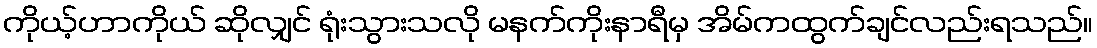
ကိုယ့်ဟာကိုယ် ဆိုလျှင် ရုံးသွားသလို မနက်ကိုးနာရီမှ အိမ်ကထွက်ချင်လည်းရသည်။